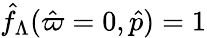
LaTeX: \hat{f}_{\Lambda}(\hat{\varpi}=0,\hat{p})=1